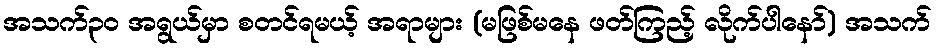
အသက်၃၀ အရွယ်မှာ စတင်ရမယ့် အရာများ (မဖြစ်မနေ ဖတ်ကြည့် လိုက်ပါနော်) အသက်